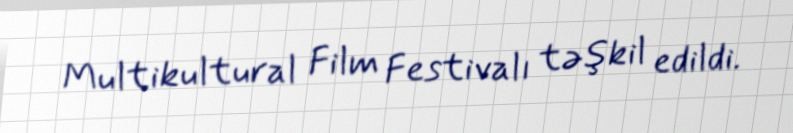
Multikultural Film Festivalı təşkil edildi.